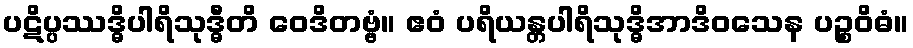
ပဋိပ္ပဿဒ္ဓိပါရိသုဒ္ဓီတိ ဝေဒိတဗ္ဗံ။ ဧဝံ ပရိယန္တပါရိသုဒ္ဓိအာဒိဝသေန ပဉ္စဝိဓံ။